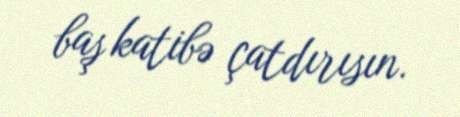
baş katibə çatdırısın.